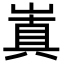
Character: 𡻗